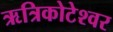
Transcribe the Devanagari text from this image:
ऋत्रिकोटेश्‍वर